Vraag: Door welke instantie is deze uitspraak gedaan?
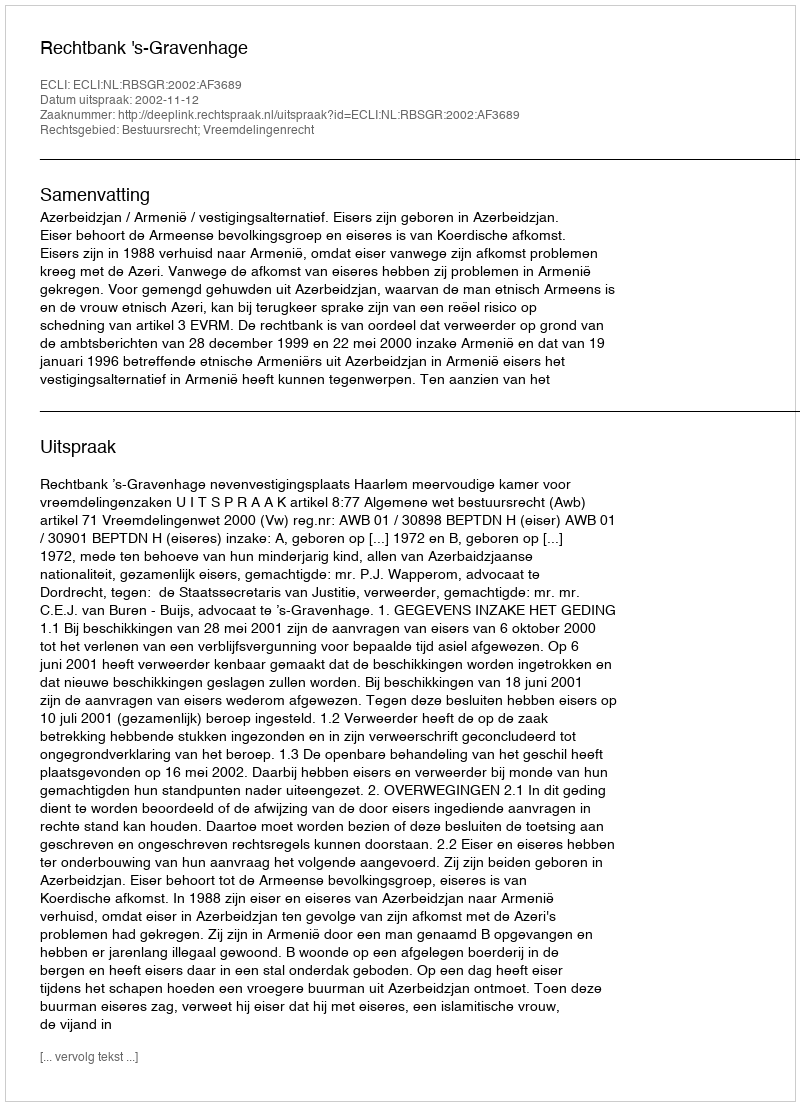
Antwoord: Rechtbank 's-Gravenhage